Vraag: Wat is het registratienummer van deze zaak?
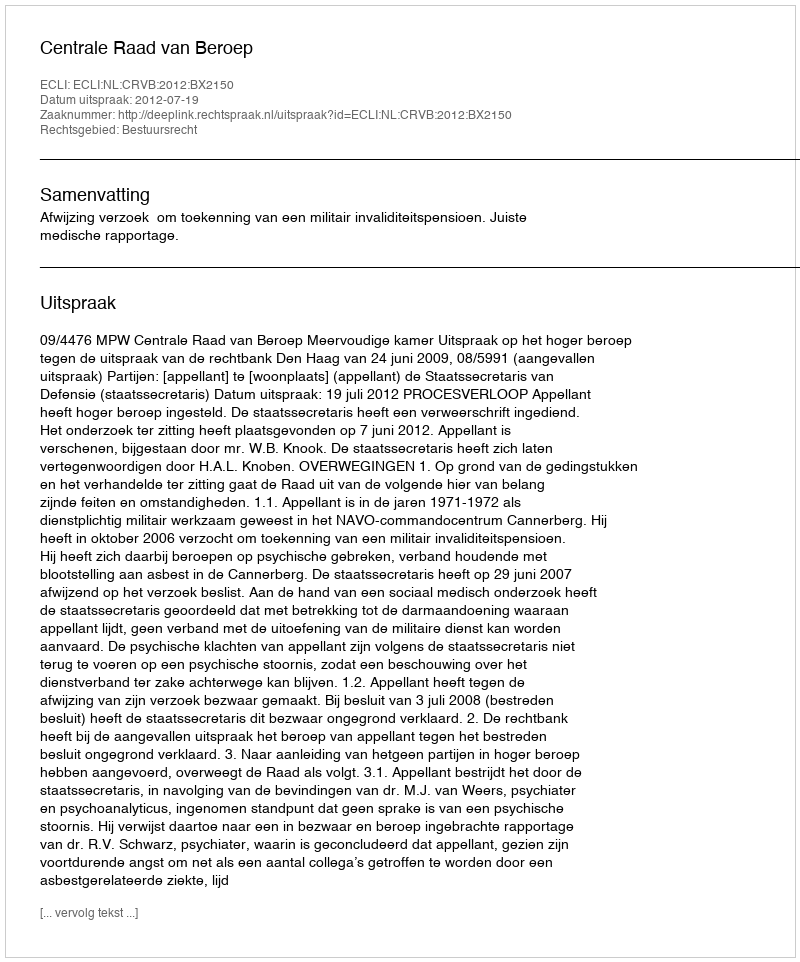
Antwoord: http://deeplink.rechtspraak.nl/uitspraak?id=ECLI:NL:CRVB:2012:BX2150